Indian Civil Veterinary Department memoirs
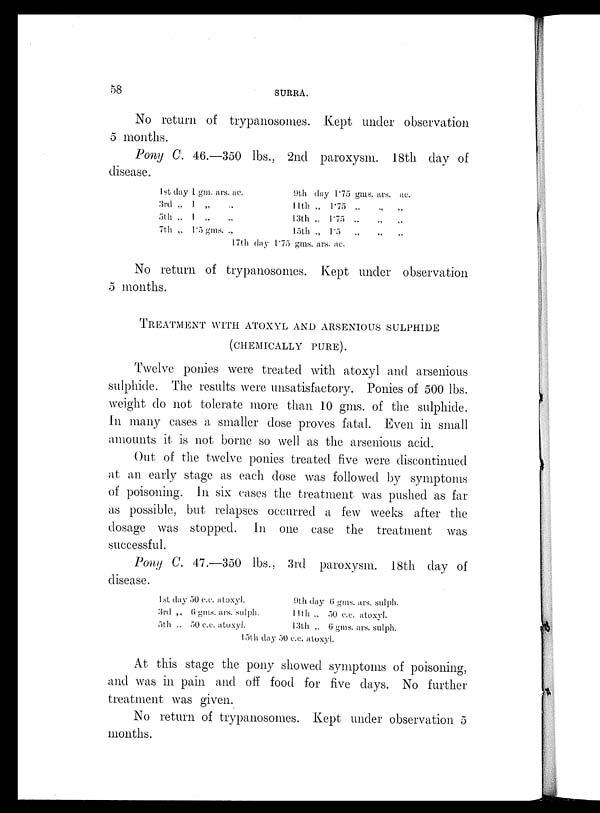
58
SURRA.
No return of trypanosomes. Kept under observation
5 months.
Pony C. 46.—350 lbs., 2nd paroxysm. 18th day of
disease.
1st day 1 gm. ars. ac.
3rd „ 1 „ „
5th „ 1 „ „
7th „
1. 5 gms. „
17th day
9th day 1.75 gms. ars. ac.
11th „ 1.75 „
„
„
13th „ 1.75
„
„
„
15th „ 1.5 „ „ „
1.75 gms. ars. ac.
No return of trypanosomes. Kept under observation
5 months.
TREATMENT WITH ATOXYL AND ARSENIOUS SULPHIDE
(CHEMICALLY PURE).
Twelve ponies were treated with atoxyl and arsenious
sulphide. The results were unsatisfactory. Ponies of 500 lbs.
weight do not tolerate more than 10 gms. of the sulphide.
In many cases a smaller dose proves fatal. Even in small
amounts it is not borne so well as the arsenious acid.
Out of the twelve ponies treated five were discontinued
at an early stage as each dose was followed by symptoms
of poisoning. In six cases the treatment was pushed as far
as possible, but relapses occurred a few weeks after the
dosage was stopped. In one case the treatment was
successful.
Pony C. 47.—350 lbs., 3rd paroxysm. 18th day of
disease.
1st day 50 c.c. atoxyl.
3rd „ 6 gms. ars. sulph.
5th „ 50 c.c. atoxyl.
9th day 6 gms. ars. sulph.
11th „ 50 c.c. atoxyl.
13th „ 6 gms. ars. sulph.
15th day 50 c.c. atoxyl.
At this stage the pony showed symptoms of poisoning,
and was in pain and off food for five days. No further
treatment was given.
No return of trypanosomes. Kept under observation 5
months.